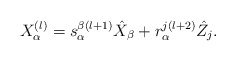
\begin{align*}X_\alpha^{(l)} = s_\alpha^{\beta(l+1)} \hat{X}_\beta + r_\alpha^{j(l+2)} \hat{Z}_j.\end{align*}